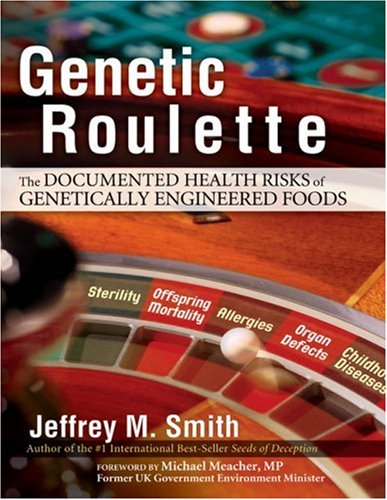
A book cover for Genetic Roulette: The Documented Health Risks of Genetically Engineered Foods; Jeffrey M. Smith; Health, Fitness & Dieting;